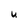
Character: U